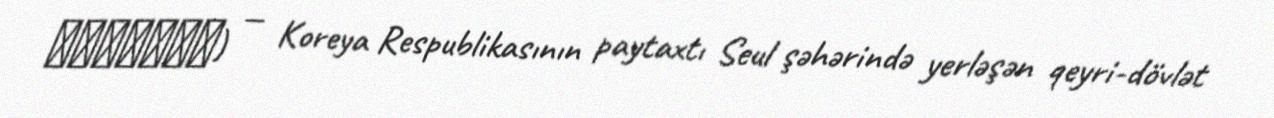
이화여자대학교) — Koreya Respublikasının paytaxtı Seul şəhərində yerləşən qeyri-dövlət